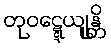
တုဝဋ္ဋေယျုန္တိ